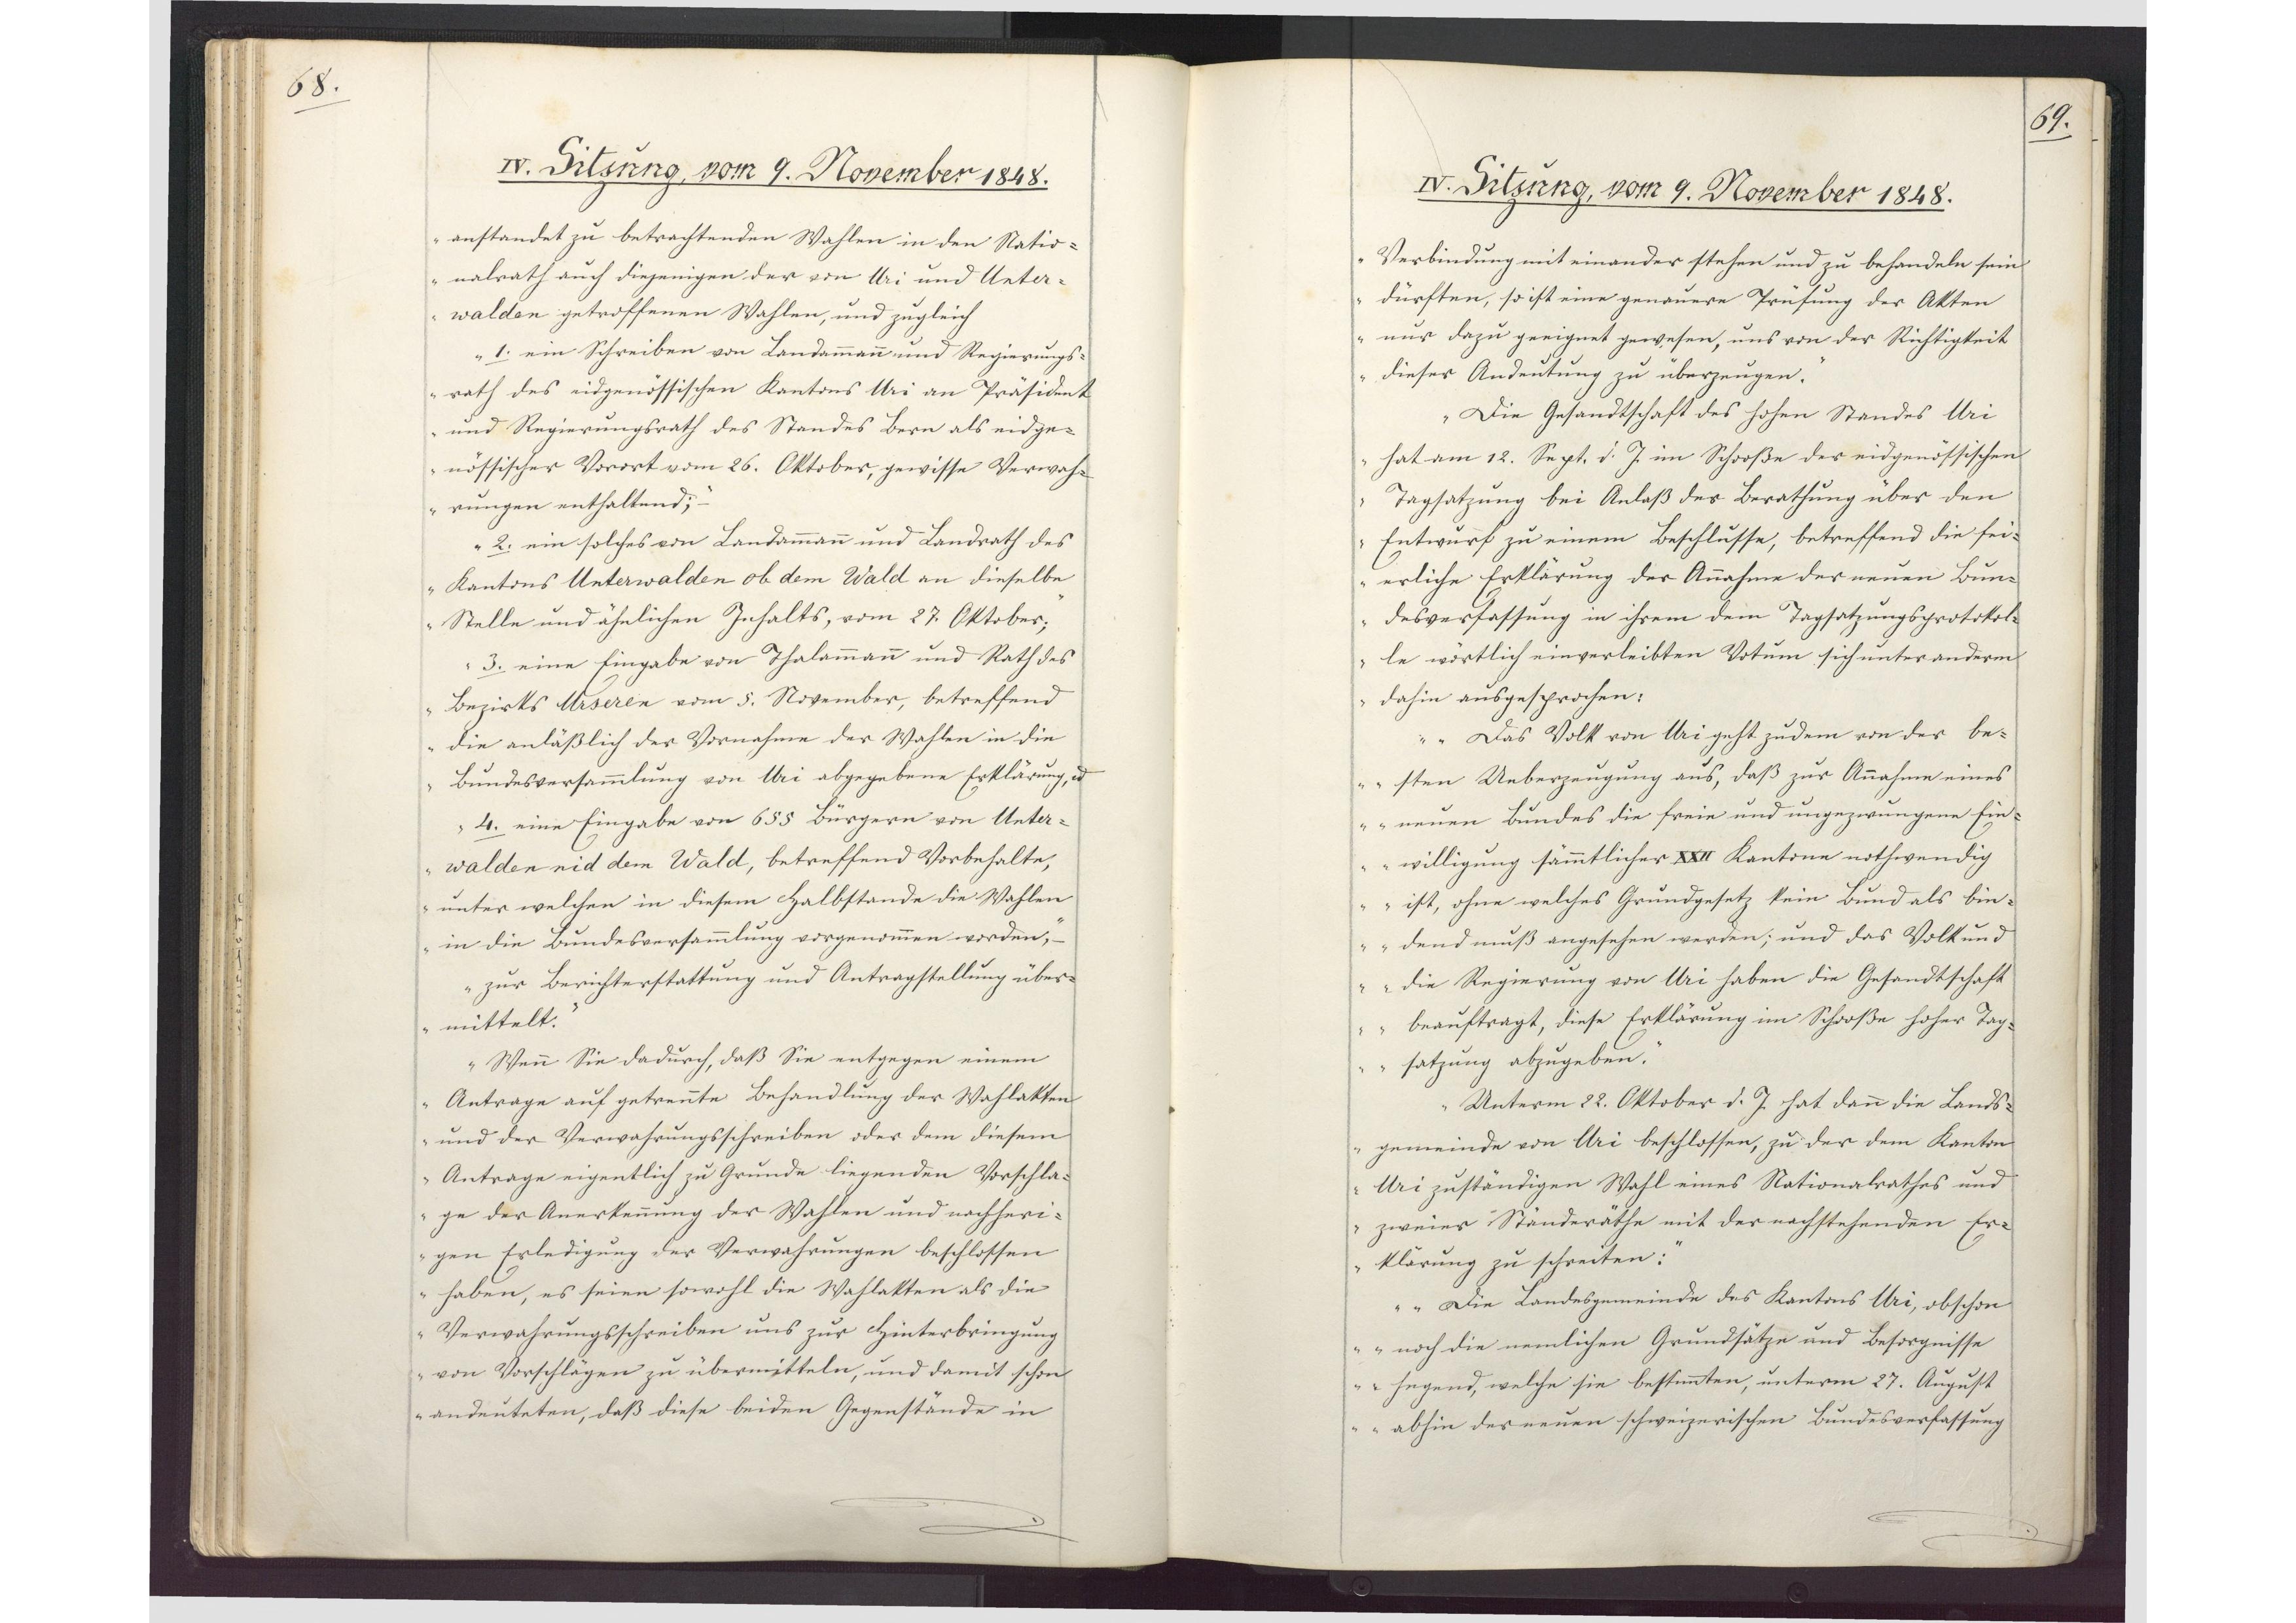
68.

IV. Sitzung, vom 9. November 1848.

anstandet zu betrachtenden Wahlen in den Natio¬
nalrath auch diejengen der von Uri und Unter¬
walden getroffenen Wahlen, und zugleich
1. ein Schreiben von Landammann und Regierungs¬
rat des eidgenössischen Kantons Uri an Präsident
und Regierungsrath des Standes Bern als eidge¬
nössischer Vorort vom 26. Oktober, gewisse Verwah¬
rungen enthaltend;
2. ein solches von Landammanm und Landrath des
Kantons Unterwalden ob dem Wald an dieselbe
Stelle und ähnlichen Inhalts, vom 27. Oktober;
3. eine Eingabe von Thalammann und Rath des
Bezirks Urseren vom 5. November, betreffend
die anläßlich der Vornahme der Wahlen in die
Bundesversammlung von Uri abgegebene Erklärung, und
4. eine Eingabe von 655 Bürgern von Unter¬
walden nid dem Wald, betreffend Vorbehalte,
unter welchen in diesem Halbstande die Wahlen
in die Bundesversammlung vorgenommen worden,
zur Berichterstattung und Antragstellung über¬
mittelt.
Wenn Sie dadurch, daß Sie entgegen einem
Antrage auf getrennte Behandlung der Wahlakten
und der Verwahrungsschreiben oder dem diesem
Antrage eigentlich zu Grunde liegenden Vorschla¬
ge der Anerkennung der Wahlen und nachheri¬
gen Erledigung der Verwahrungen beschlossen
haben, es seien sowohl die Wahlakten als die
Verwahrungsschreiben uns zur Hinterbringung
von Vorschlägen zu übermitteln, und damit schon
andeuteten, daß diese beiden Gegenstände in

69.

IV. Sitzung, vom 9. November 1848.

Verbindung mit einander stehen und zu behandeln sein
dürften, so ist eine genauere Prüfung der Akten
nur dazu geeignet gewesen, uns von der Richtigkeit
dieser Andeutung zu überzeugen.
Die Gesandtschaft des hohen Standes Uri
hat am 12. Sept. d. J. im Schooße der eidgenössischen
Tagsatzung bei Anlaß der Berathung über den
Entwurf zu einem Beschlusse, betreffend die fei¬
erliche Erklärung der Annahme der neuen Bun¬
desverfassung in ihrem dem Tagsatzungsprotokol¬
le wörtlich einverleibten Votum sich unter anderm
dahin ausgesprochen:
"Das Volk von Uri geht zudem von der be¬
sten Ueberzeugung aus, daß zur Annahme eines
neuen Bundes die freie und ungezwungene Ein¬
willigung sämmtlicher XXII Kantone nothwendig
ist, ohne welches Grundgesetz kein Bund als bin¬
dend muß angesehen werden; und das Volk und
die Regierung von Uri haben die Gesandtschaft
beauftragt, diese Erklärung im Schooße hoher Tag¬
satzung abzugeben."
Unterm 22. Oktober d. J. hat dann die Lands¬
gemeinde von Uri beschlossen, zu der dem Kanton
Uri zuständigen Wahl eines Nationalrathes und
zweier Ständeräthe mit der nachstehenden Er¬
klärung zu schreiten:
"Die Landesgemeinde des Kantons Uri, obschon
noch die nemlichen Grundsätze und Besorgnisse
hegend, welche sie bestimmten, unterm 27. August
abhin der neuen schweizerischen Bundesverfassung